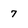
Character: 7